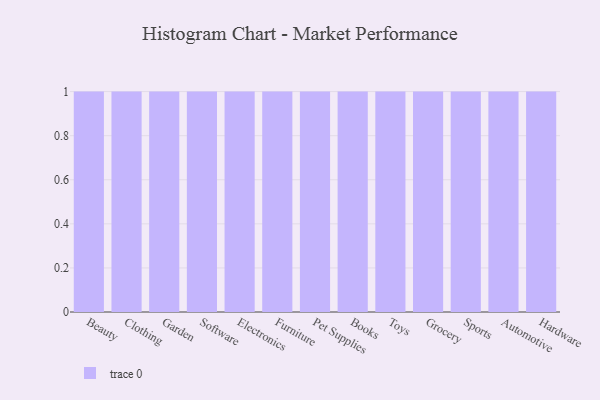
{"axis": {"x": "Category", "y": "Page Views"}, "legend": [""], "data": [{"x": "Beauty", "y": 65, "type": ""}, {"x": "Clothing", "y": 13, "type": ""}, {"x": "Garden", "y": 46, "type": ""}, {"x": "Software", "y": 81, "type": ""}, {"x": "Electronics", "y": 78, "type": ""}, {"x": "Furniture", "y": 2, "type": ""}, {"x": "Pet Supplies", "y": 61, "type": ""}, {"x": "Books", "y": 70, "type": ""}, {"x": "Toys", "y": 97, "type": ""}, {"x": "Grocery", "y": 32, "type": ""}, {"x": "Sports", "y": 91, "type": ""}, {"x": "Automotive", "y": 93, "type": ""}, {"x": "Hardware", "y": 2, "type": ""}]}